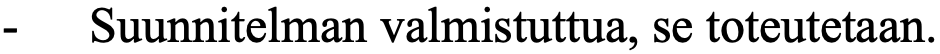
-  Suunnitelman valmistuttua, se toteutetaan.